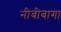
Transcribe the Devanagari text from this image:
नीबीबागा